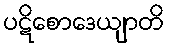
ပဋိစောဒေယျာတိ